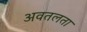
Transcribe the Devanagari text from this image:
अवतलता